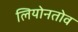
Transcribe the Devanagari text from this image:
लियोनतोव